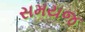
સમયજ